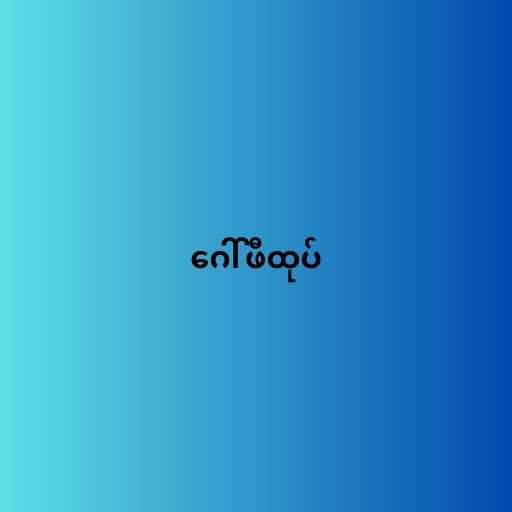
ဂေါ်ဖီထုပ်